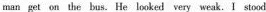
man get on the bus. He looked very weak. I stood